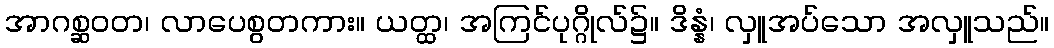
အာဂစ္ဆဝတ၊ လာပေစွတကား။ ယတ္ထ၊ အကြင်ပုဂ္ဂိုလ်၌။ ဒိန္နံ၊ လှူအပ်သော အလှူသည်။